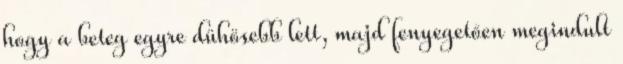
hogy a beteg egyre dühösebb lett, majd fenyegetően megindult